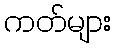
ကတ်များ